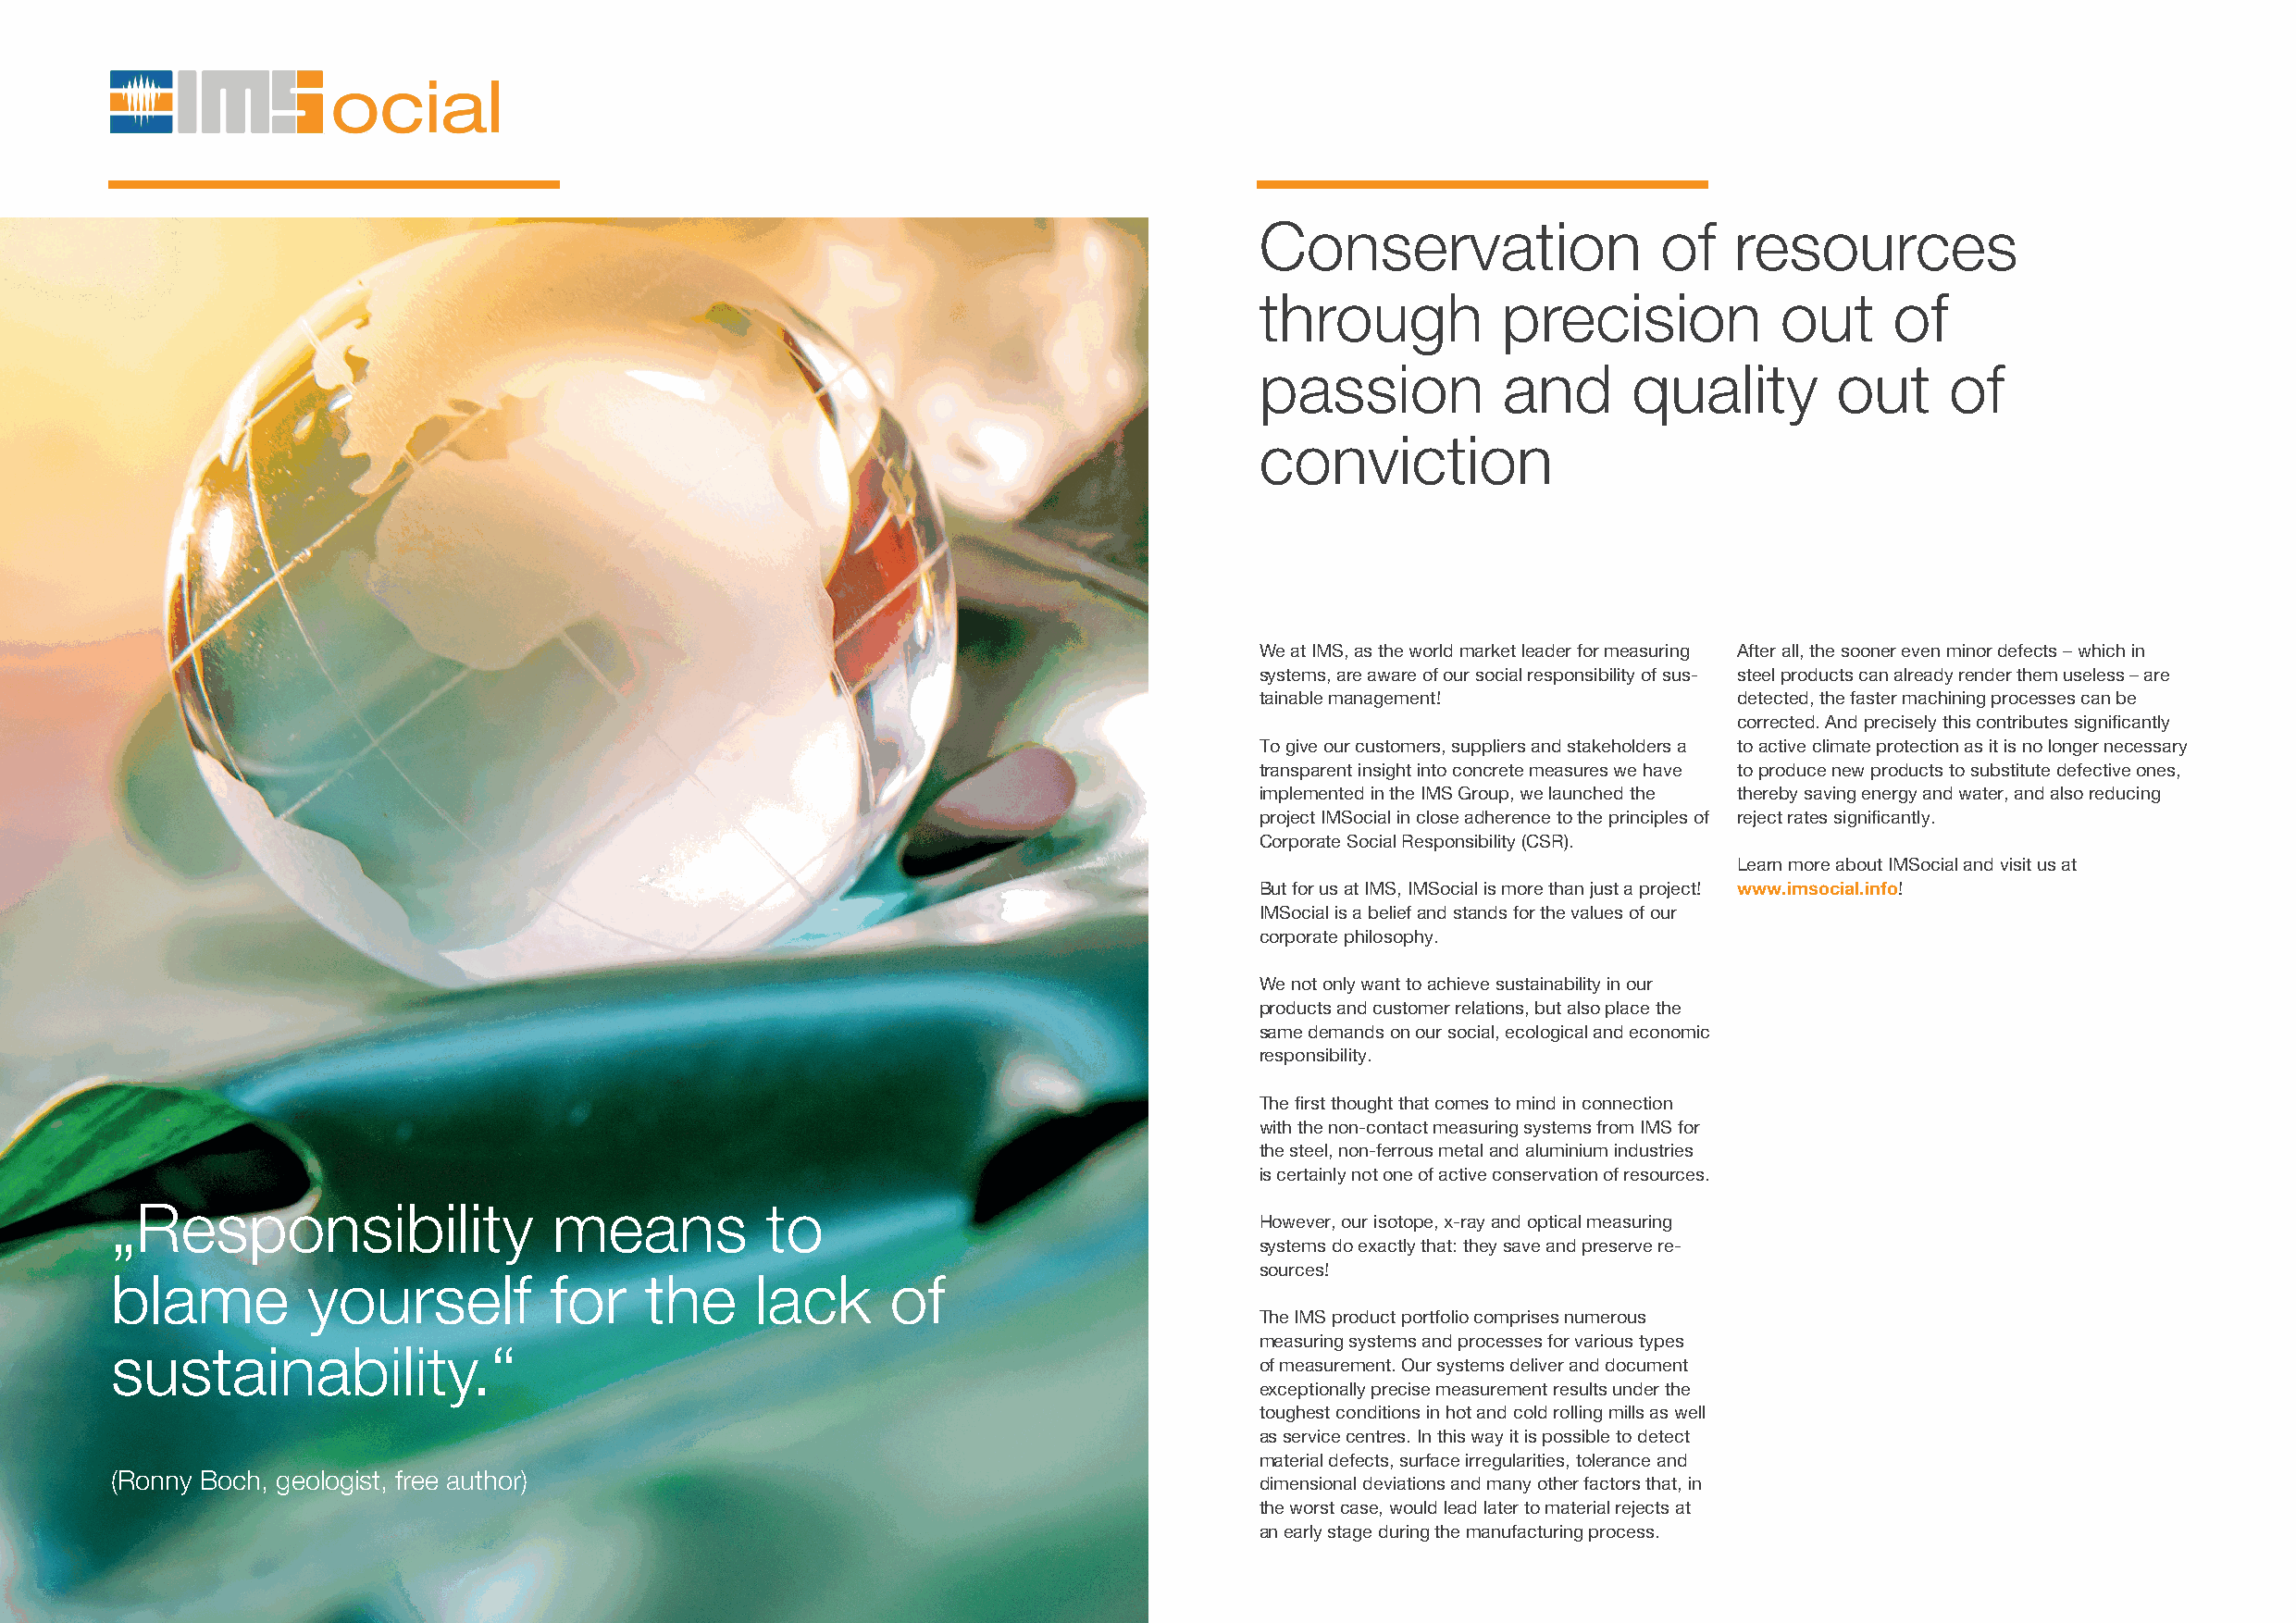
Conservation                 of   resources
 through          precision           out     of
 passion          and       quality       out     of
 conviction
 We at IMS, as the world market leader for measuring After all, the sooner even minor defects – which in
 systems, are aware of our social responsibility of sus- steel products can already render them useless – are
 tainable management!              detected, the faster machining processes can be
 corrected. And precisely this contributes signifi cantly
 To give our customers, suppliers and stakeholders a to active climate protection as it is no longer necessary
 transparent insight into concrete measures we have to produce new products to substitute defective ones,
 implemented in the IMS Group, we launched the thereby saving energy and water, and also reducing
 project IMSocial in close adherence to the principles of reject rates signifi cantly.
 Corporate Social Responsibility (CSR).
 Learn more about IMSocial and visit us at
 But for us at IMS, IMSocial is more than just a project! www.imsocial.info!
 IMSocial is a belief and stands for the values of our
 corporate philosophy.
 We not only want to achieve sustainability in our
 products and customer relations, but also place the
 same demands on our social, ecological and economic
 responsibility.
 The fi rst thought that comes to mind in connection
 with the non-contact measuring systems from IMS for
 the steel, non-ferrous metal and aluminium industries
 is certainly not one of active conservation of resources.
 „Responsibility                means           to
 However, our isotope, x-ray and optical measuring
 systems do exactly that: they save and preserve re-
 sources!
 blame         yourself         for    the     lack      of
 The IMS product portfolio comprises numerous
 measuring systems and processes for various types
 sustainability.“
 of measurement. Our systems deliver and document
 exceptionally precise measurement results under the
 toughest conditions in hot and cold rolling mills as well
 as service centres. In this way it is possible to detect
 material defects, surface irregularities, tolerance and
 (Ronny Boch, geologist, free author)
 dimensional deviations and many other factors that, in
 the worst case, would lead later to material rejects at
 an early stage during the manufacturing process.